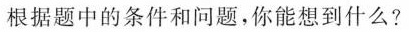
根据题中的条件和问题，你能想到什么?